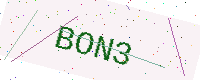
Text: BON3